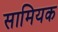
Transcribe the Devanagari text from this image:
सामियक